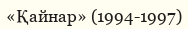
«Қайнар» (1994-1997)